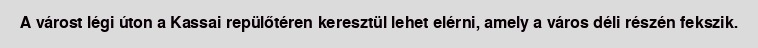
A várost légi úton a Kassai repülőtéren keresztül lehet elérni, amely a város déli részén fekszik.